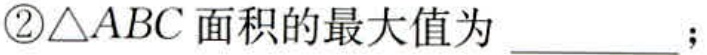
\textcircled{2}$\triangle ABC$面积的最大值为  ；